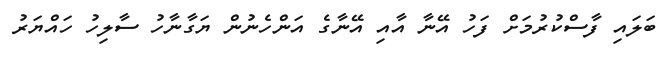
ބަލައި ފާސްކުރުމަށް ފަހު އޭނާ އާއި އޭނާގެ އަންހެނުން ޔަގާނާހު ސާލިހު ހައްޔަރު